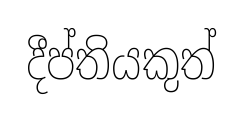
දීප්තියකුත්